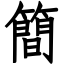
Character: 簡